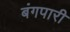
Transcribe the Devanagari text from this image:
बंगपारी